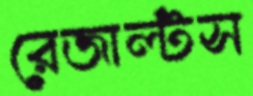
রেজাল্টস